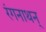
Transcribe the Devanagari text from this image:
रंगनाथन्‌